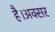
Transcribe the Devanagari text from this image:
है।अक्सर